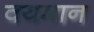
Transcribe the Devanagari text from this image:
वयमान